Lunatic asylums in Bengal annual reports 1888-1898 - 1888-1898
Year: 1888
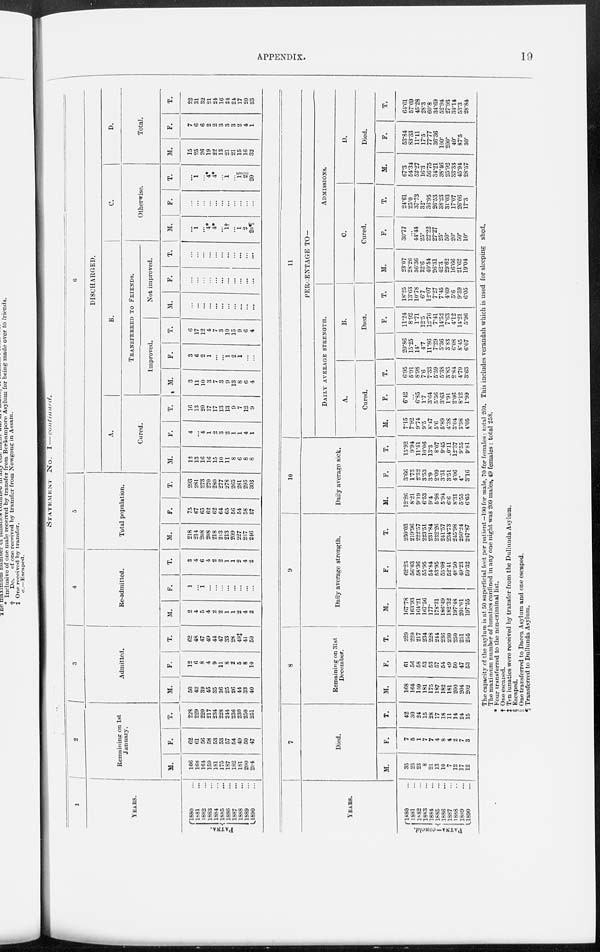
APPENDIX.
19
STATEMENT
N o . I—continued.
1
YEARS.
PATNA.
1880 ...
1881 ...
1882 ...
1883 ...
1884 ...
1885 ...
1886 ...
1887 ...
1888 ...
1889 ...
1890 ...
2
Remaining on 1st
January.
M.
166
168
164
159
181
175
187
182
181
200
204
F.
62
61
56
58
53
53
57
54
49
50
47
T.
228
229
220
217
234
228
244
236
230
250
251
3
Admitted.
M.
50
42
39
45
35
36
25
26
44
33
40
F.
12
6
8
4
9
11
8
2
5
8
10
T.
62
48
47
49
44
47
33
28
49‡
41
50
4
Re-admitted.
M.
2
4
5
4
2
2
1
1
2
4
2
F.
1
...
1
...
...
...
...
...
...
...
...
T.
3
4
6
4
2
2
1
1
2
4
2
5
Total population.
M.
218
214
208
208
218
213
213
209
227
237
246
F.
75
67
65
62
62
64
65
56
54
58
57
T.
293
281
273
270
280
277
278
265
281
295
303
6
DISCHARGED.
A.
Cured.
M.
12
13
16
16
15
10
11
8
6
8
8
F.
4
...
4
1
2
3
2
1
1
4
1
T.
16 13
20
17
17
13
13
9
7
12
9
B.
TRANSFERRED TO FRIENDS.
Improved.
M.
3
11
10
3
7
3
9
13
8
6
4
F.
3
6
2
1
...
...
1
2
1
...
...
T.
6
17
12
4
7
3
10
15
9
6
4
Not improved.
M.
...
...
...
...
...
...
...
...
...
...
...
F.
...
...
...
...
...
...
...
...
...
...
...
T.
...
...
...
...
...
...
...
...
...
...
...
C.
Otherwise.
M.
...
1
...
4*
4*
...
1†
...
1
2
20 ¶
F.
...
...
...
...
...
...
...
...
...
...
...
T.
...
1
...
4*
4*
...
1
...
1§
2||
20
D.
Total.
M.
15
25
26
19
22
13
21
21
15
16
32
F.
7
6
6
2
2
3
3
3
2
4
1
T.
22
31
32
21
24
16
24
24
17
20
33
YEARS.
PATNA—concld.
1880 ...
1881 ...
1882 ...
1883 ...
1884 ...
1885 ...
1886 ...
1887 ...
1888 ...
1889 ...
1890 ...
7
Died.
M.
35
25
23
8
21
13
10
7
12
17
12
F.
7
5
1
7
7
4
8
4
2
7
3
T.
42
30
24
15
28
17
18
11
14
24
15
8
Remaining on 31st
December.
M.
168
164
159
181
175
187
182
181
200
204
202
F.
61
56
58
53
53
57
54
49
50
47
53
T.
229
220
217
234
228
244
236
230
250
251
255
9
Daily average strength.
M.
167.78
163.93
164.21
167.56
177.
178.31
186.49
182.32
197.48
201.01
197.55
F.
62.25
56.03
58.36
55.95
54.84
53.95
55.09
52.41
48.50
49.23
50.32
T.
230.03
219.96
222.57
223.51
231.84
232.26
241.57
234.73
245.98
250.24
247.87
10
Daily average sick.
M.
12.26
8.21
9.19
6.53
9.4
5.98
5.94
6.6
8.31
5.55
6.65
F.
3.66
1.73
2.32
3.53
3.9
2.09
3.51
3.51
4.06
4.
3.16
T.
15.92
9.94
11.51
10.06
13.3
8.07
9.45
20.11
12.37
9.55
9.81
11
PERCENTAGE TO—
DAILY AVERAGE STRENGTH.
A.
Cured.
M.
7.15
7.92
9.74
9.5
8.47
5.6
5.89
4.38
3.04
3.98
4.05
F.
6.42
...
6.85
1.7
3.64
5.56
3.63
1.91
2.06
8.12
1.99
T.
6.95
5.91
8.98
7.6
7.33
5.59
5.38
3.83
2.84
4.79
3.63
B.
Died.
M.
20.86
15.25
14.
4.7
11.86
7.29
5.36
3.83
6.08
8.45
6.07
F.
11.24
8.92
1.71
12.5
12.76
7.41
14.52
7.63
4.12
14.21
5.96
T.
18.25
13.63
10.78
6.7
12.07
7.27
7.45
4.69
5.6
9.59
6.05
ADMISSIONS.
C.
Cured.
M.
23.07
23.26
36.36
32.6
40.54
26.31
42.3
29.62
16.66
21.62
19.04
F.
30.77
...
44.44
25.
22.22
27.27
25.
50.
20.
50.
10.
T.
24.61
25.0
37.73
32.
36.95
26.53
38.23
31.03
17.07
26.66
17.3
D.
Died.
M.
67.3
54.34
52.27
16.3
56.75
34.21
38.46
25.92
33.33
45.94
28.57
F.
53.84
83.33
11.11
17.5
77.77
36.36
100.
200.
40.
87.5
30.
T.
64.61
57.69
45.28
28.3
60.8
34.69
52.94
27.93
34.14
53.3
28.84
The capacity of the asylum is at 50 superficial feet per patient—190 for male, 70 for females : total 260. This includes verandah which is used for sleeping shed.
The maximum number of lunatics confined in any one night was 209 males, 49 females : total 258.
* Four transferred to the non-criminal list.
† One escaped.
‡ Ten lunatics were received by transfer from the Dullunda Asylum.
§ Escaped.
|| One transferred to Dacca Asylum and one escaped.
¶ Transferred to Dullunda Asylum.